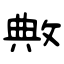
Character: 敟